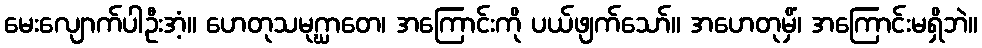
မေးလျောက်ပါဦးအံ့။ ဟေတုသမုဂ္ဃာတေ၊ အကြောင်းကို ပယ်ဖျက်သော်။ အဟေတုမှိံ၊ အကြောင်းမရှိဘဲ။